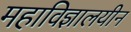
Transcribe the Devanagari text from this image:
महाविज्ञालयीन